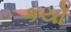
કયો